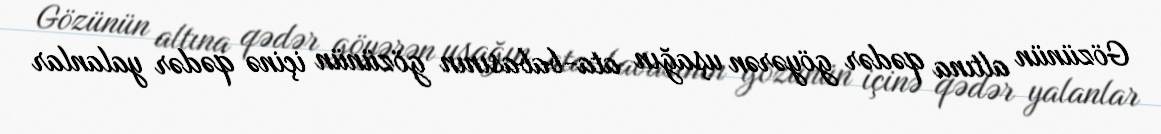
Gözünün altına qədər göyərən uşağın ata-babasının gözünün içinə qədər yalanlar